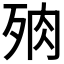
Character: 𣧻